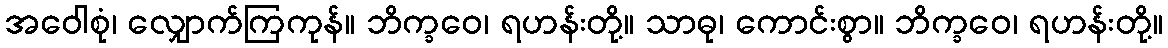
အဝေါစုံ၊ လျှောက်ကြကုန်။ ဘိက္ခဝေ၊ ရဟန်းတို့။ သာဓု၊ ကောင်းစွာ။ ဘိက္ခဝေ၊ ရဟန်းတို့။